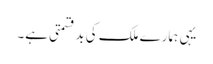
یہی ہمارے ملک کی بدقسمتی ہے۔